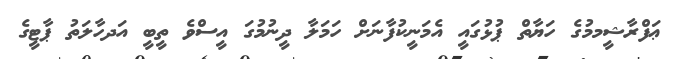
ޢަފްރާޝީމމުގެ ހަޔާތް ޕުޅުގައީ އެމަނީކުފާނަށް ހަމަލާ ދީނުމުގަ އީސްވެ ތީބީ އަދހާލަތު ޕާޓީގެ